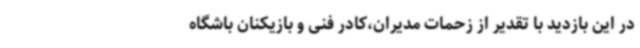
در این بازدید با تقدیر از زحمات مدیران،کادر فنی و بازیکنان باشگاه